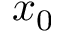
x _ { 0 }